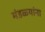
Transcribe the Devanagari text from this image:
मंडळ्यांना